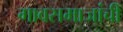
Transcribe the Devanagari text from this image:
गावसमाजांची